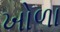
ખોળા